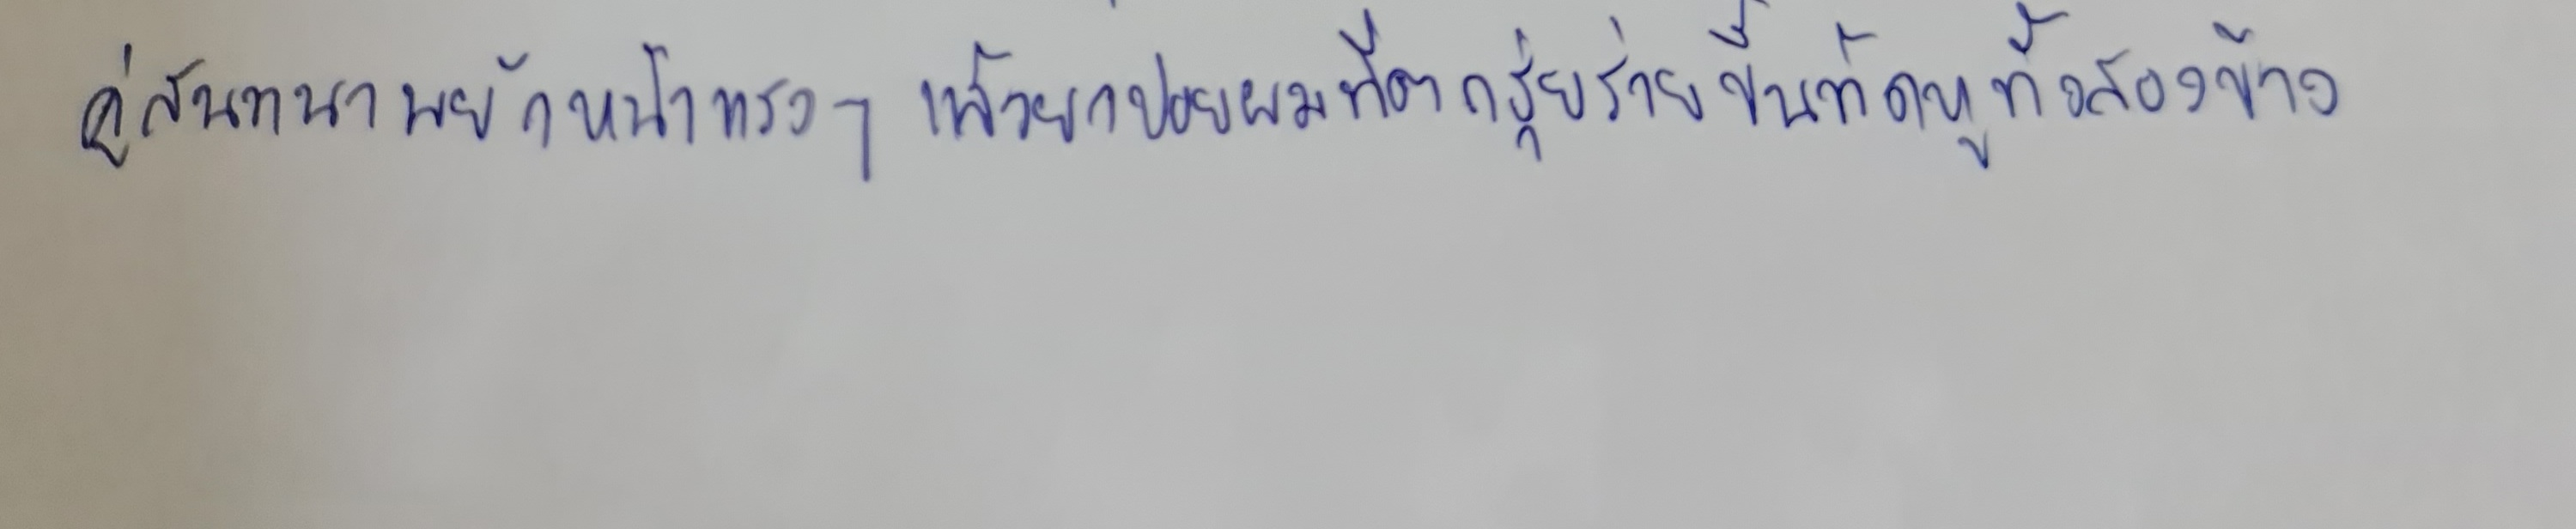
คู่สนทนาพยักหน้าแรงๆแล้วยกปอยผมที่ตกรุ่ยร่ายขึ้นทัดหูทั้งสองข้าง